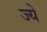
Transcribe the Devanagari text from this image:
ज्ये